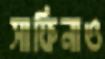
সাফিনাও